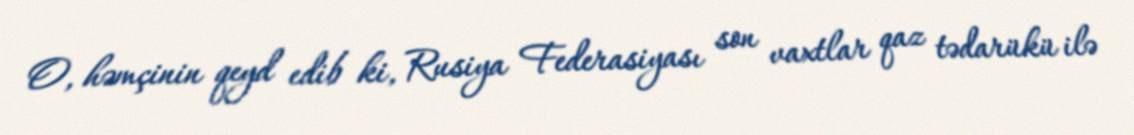
O, həmçinin qeyd edib ki, Rusiya Federasiyası son vaxtlar qaz tədarükü ilə